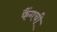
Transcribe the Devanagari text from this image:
फैंगची